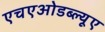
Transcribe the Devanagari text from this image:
एचएओडब्ल्यूए